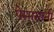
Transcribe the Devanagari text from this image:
पेम्मसानी